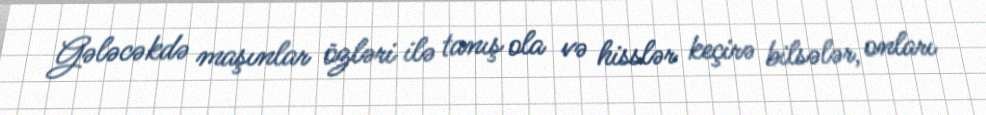
Gələcəkdə maşınlar özləri ilə tanış ola və hisslər keçirə bilsələr, onları